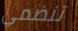
تنضمي